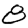
Digit: 8